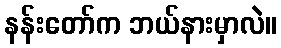
နန်းတော်က ဘယ်နားမှာလဲ။